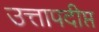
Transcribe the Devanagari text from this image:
उत्तापदीप्त